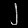
Digit: ၂